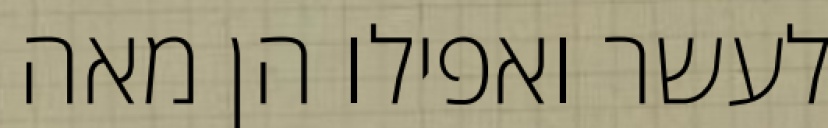
לעשר ואפילו הן מאה